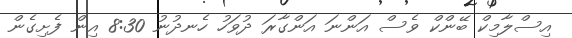
އިސްލާމިކް ބޭންކް ވެސް އަންނަ އަންގާރަ ދުވަހު ހެނދުނު 8:30 އިން ފެށިގެން